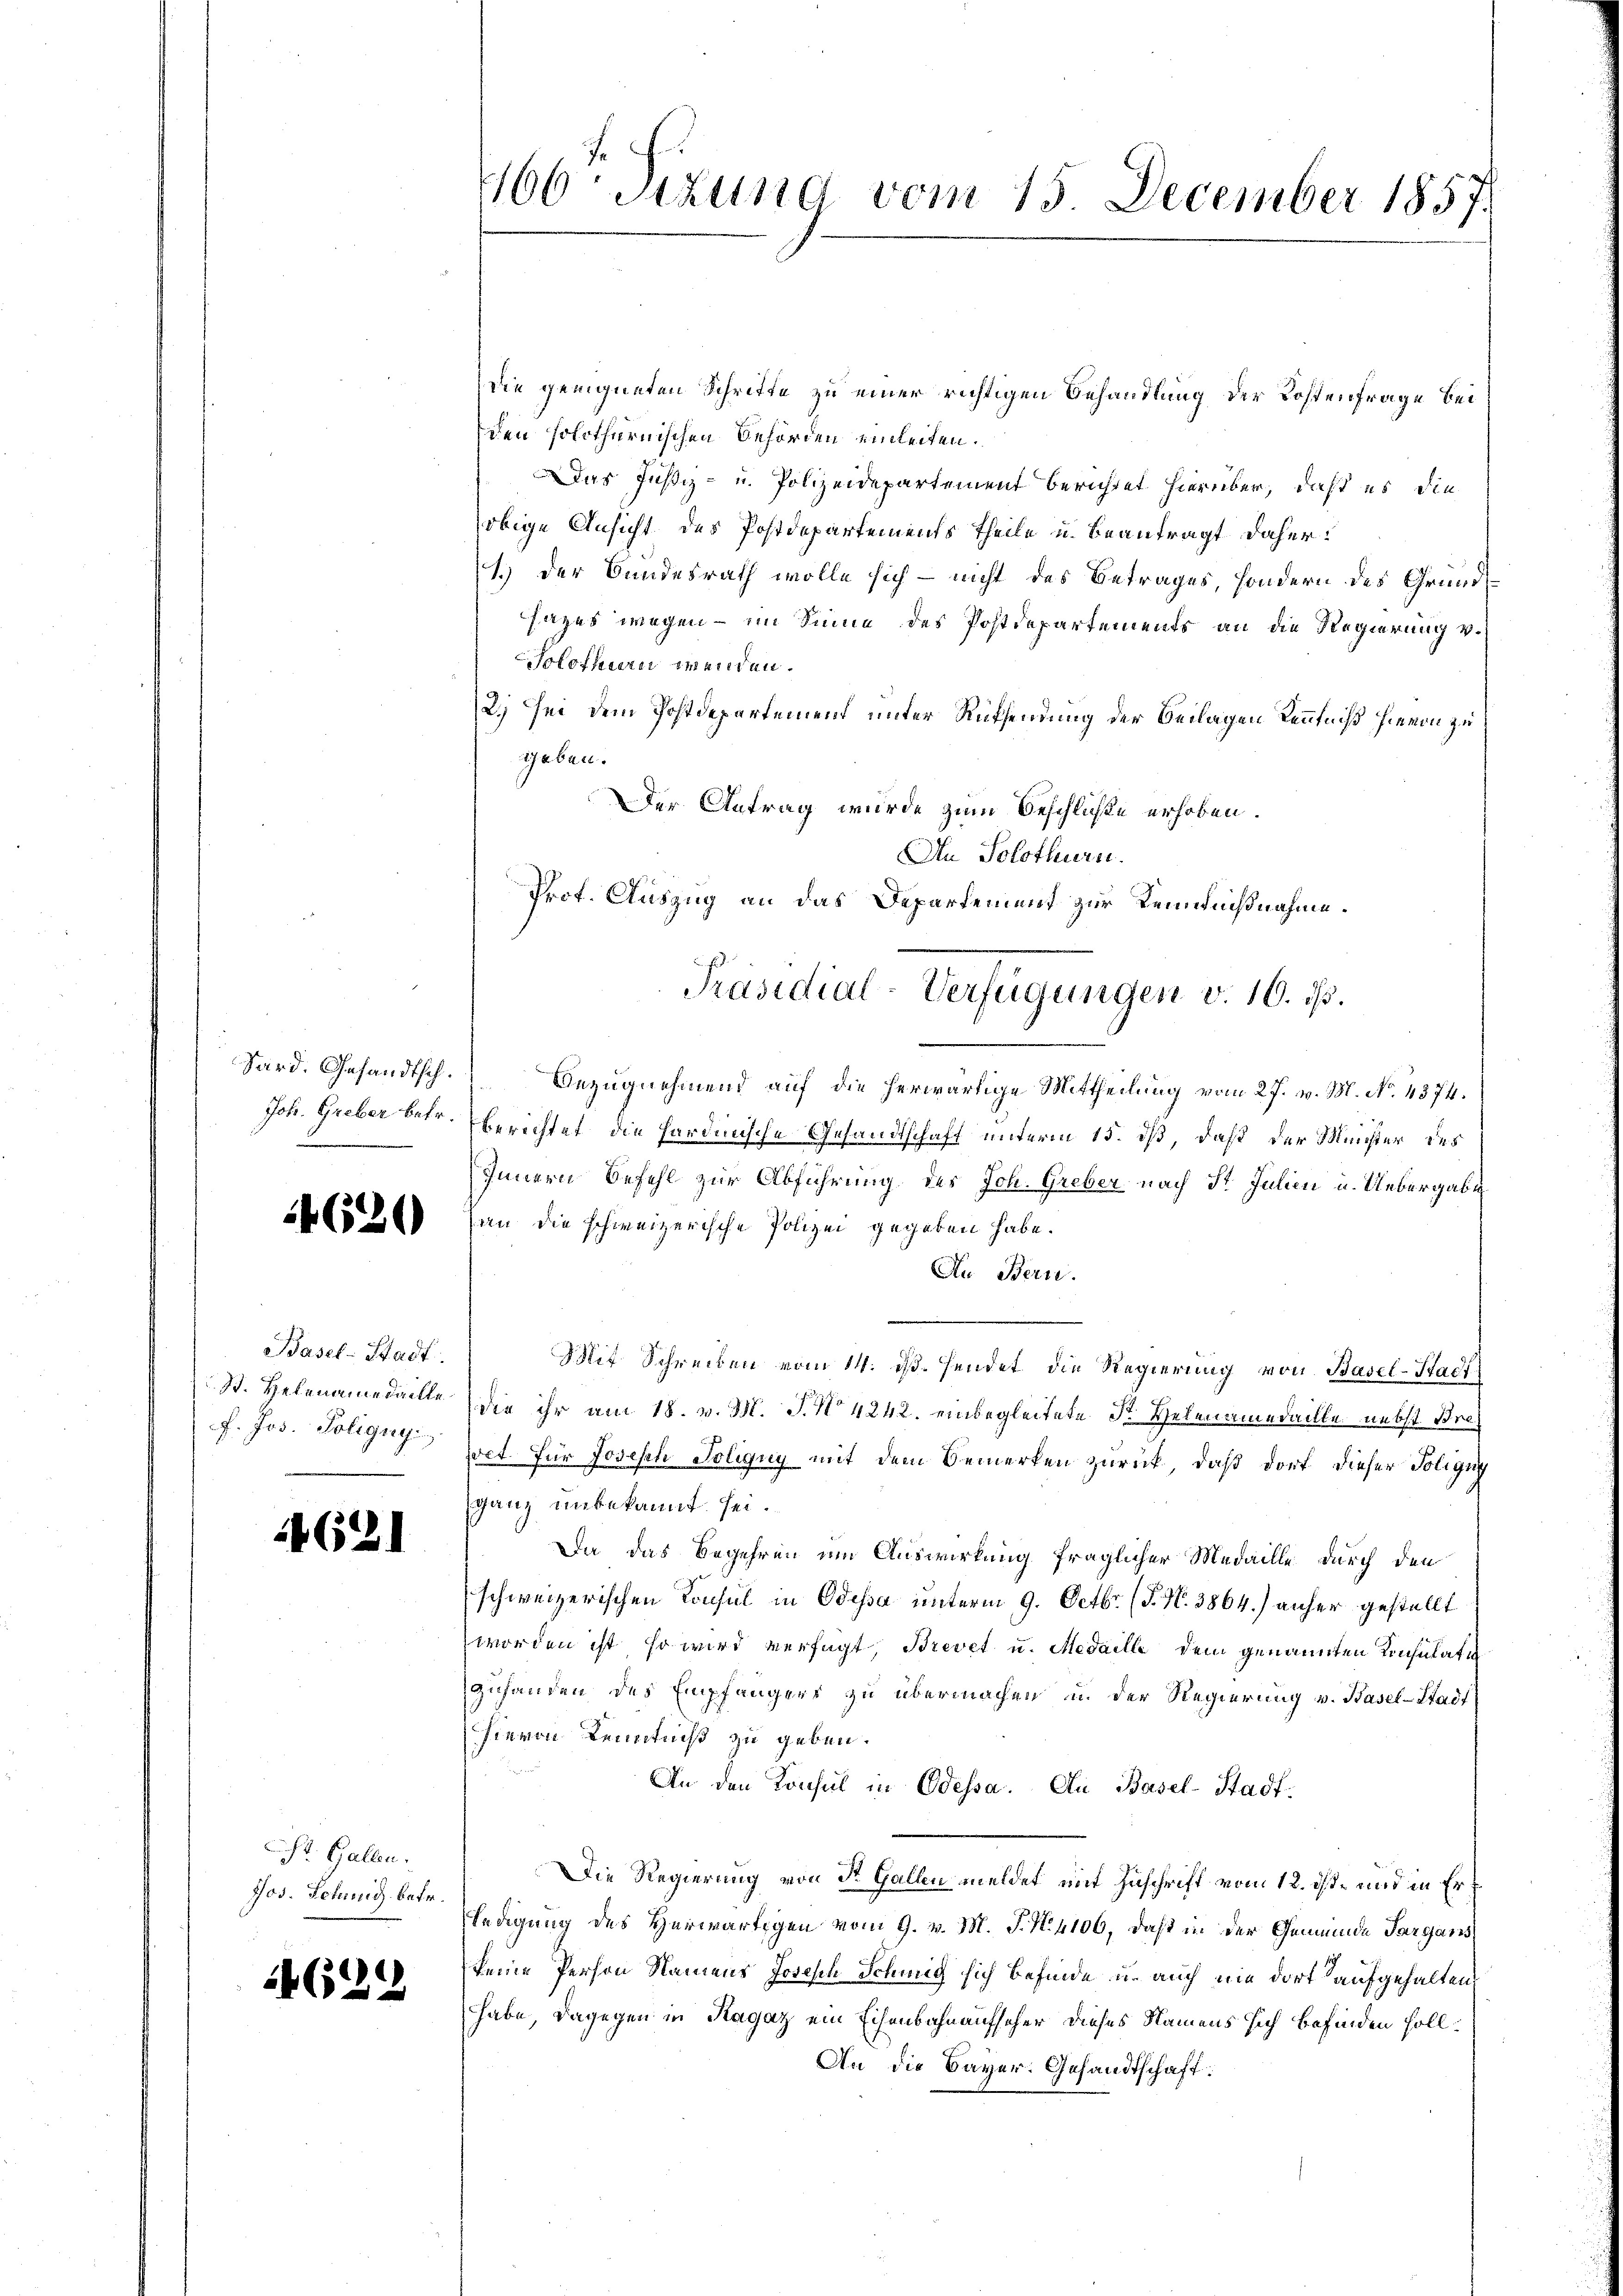
Sard. Gesandtsch.

4620

Basel-Stadt
f. Jos. Poligny

4621

St. Gallen.
Jos. Schnig betr.

4622

die geeigneten Schritte zu einer richtigen Behandlung der Kostenfrage bei
den solothurnischen Behörden einleiten.
Das Justiz- u. Polizeidepartement berichtet hierüber, daß es die
obige Ansicht des Postdepartements Theile u. beantragt daher:
1.) Der Bundesrath wolle sich – nicht des Betrages, sondern des Grundsazes wegen – im Sinne des Postdepartements an die Regierung v.
Solothurn wenden.
2.) Sei dem Postdepartement unter Rüksendung der Beilagen Kenntniß hievon zu
Gaben.
Der Antrag wurde zum Beschliche erhoben.
An Solothurer.
Bezugnehmend auf die herwärtige Mittheilung vom 27. v. M. No. 4374.
Joh. Greber betr. berichtet, die Hardinische Gesandtschaft unterm 15. dß, daß der Meister des
Innern Befehl zur Abführung des Joh. Greber nach St. Julien u. Uebergabe
an die schweizerische Polizei gegeben habe.
Au Bern.
Mit Schreiben vom 14. ds. sendet die Regierung von Basel-Stadt
St. Helenamedaille die ihr am 18. v. M. J. No 4242. einbegleitete Sr. Helenamedaille nebst Breoct für Josesch Soligny mit dem Bemerken zurück, daß dort dieser Poligny
ganz unbekannt sei.
Da das Begehren um Auswirkung fraglicher Medaille durch den
schweizerischen Konsul in Odessa unterm 9. Octbr. (T. N. 3864.) anher gestellt
worden ist, so wird verfügt, Brevet u. Medaille dem genannten Konsulati
zuhanden des Empfängers zu übermachen u. der Regierung v. Basel-Stadt
hievon Kenntniß zu geben.
An den Konsul in Odessa. An Basel-Stadt¬
Die Regierung von St. Gallen meldet mit Zuschrift vom 12. ist, und in Erledigung des Herwärtigen vom 9. v. M. J. N. 4106, daß in der Gemeinde Sargans
keine Person Namens Joseph Schnig sich befinde u. auch nie dort aufgehalten,
habe, dagegen in Ragaz ein Eisenbahnaufseher dieses Namens sich befinden soll.
An die Bayer. Gesandtschaft:

2166 Sizung vom 15. December 1857.

Prot. Auszug an das Departement zur Kenntnißnahme.
Präsidial-Verfügungen v. 16. ds.